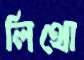
লিথো